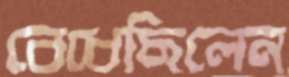
বেধেছিলেন